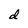
Character: d